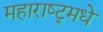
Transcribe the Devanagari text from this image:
महाराष्ट्र्मधे